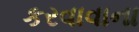
કરવાવાના